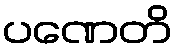
ပဏေတိ